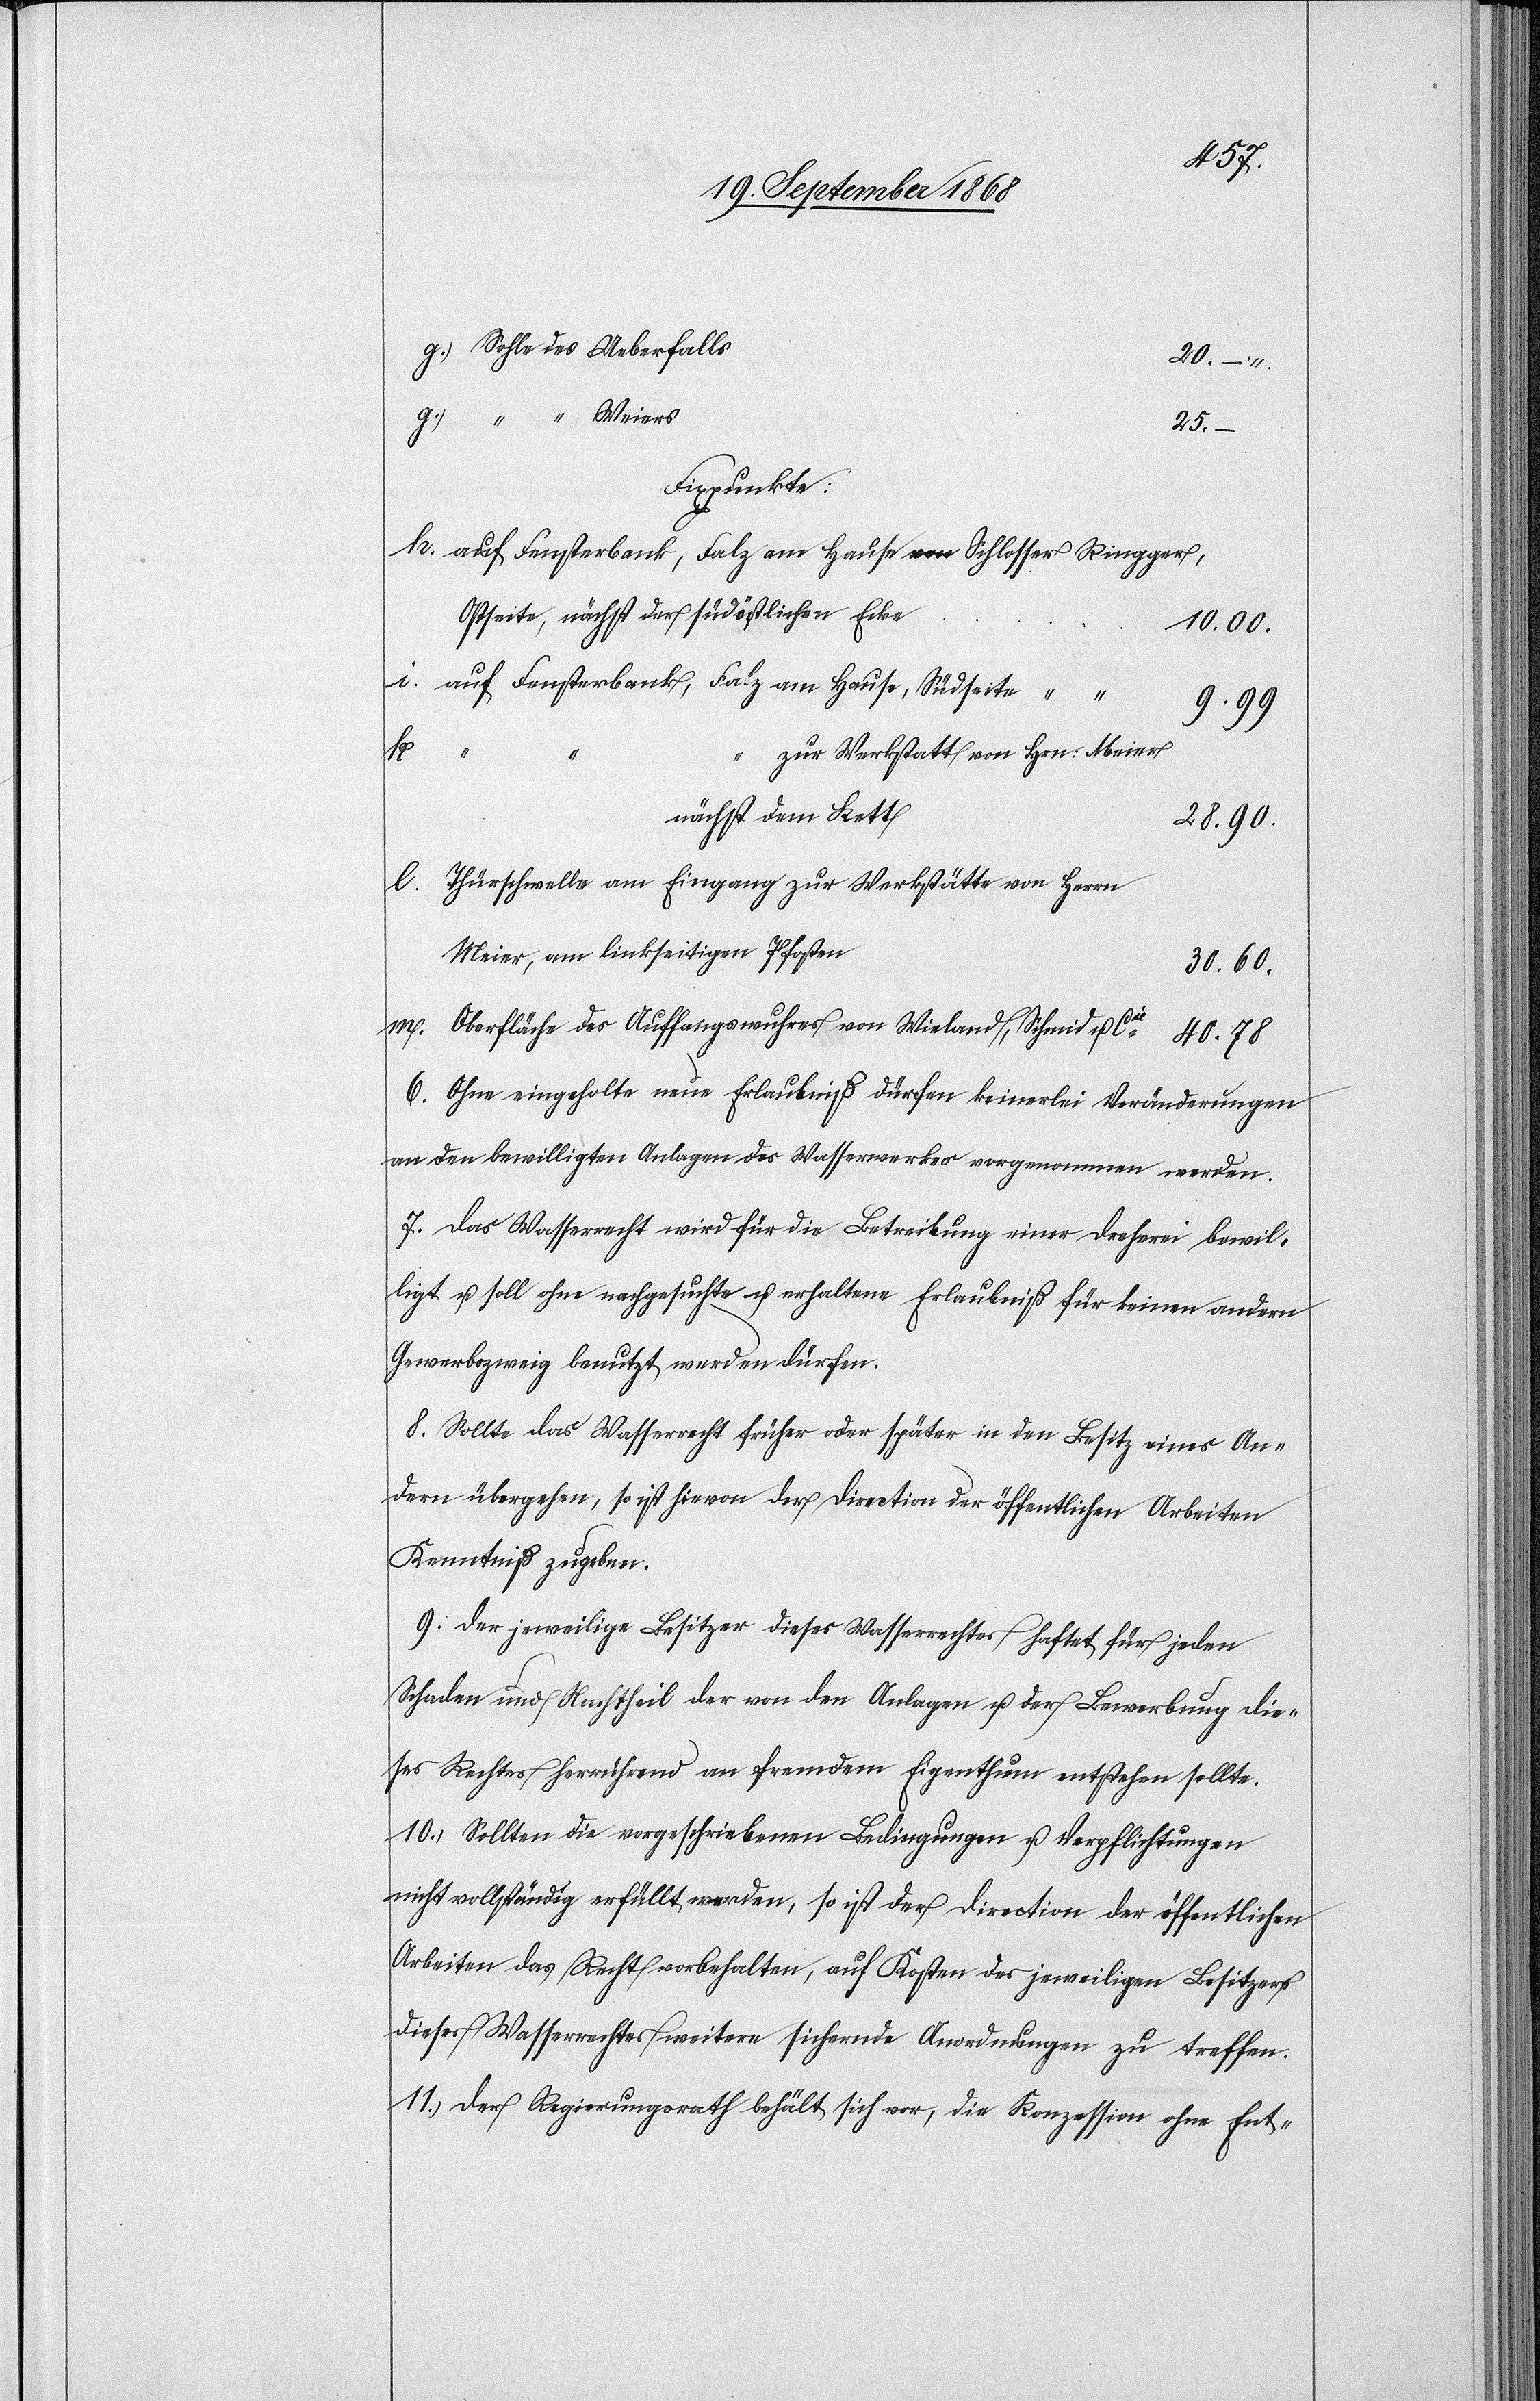
Sohle des Ueberfalls
20. –
“ “ Weiers
25.
Fixpunkte:
auf Fensterbank, Falz am Hause von Schlosser Ringger,
Ostseite, nächst der südöstlichen Ecke
10.00.
auf Fensterbank, Falz am Hause, Südseite
9.99
k.
zur Werkstatt von Hrn: Meier
nächst dem Kett
28.90.
Thürschwelle am Eingang zur Werkstätte von Herrn
Meier, am linkseitigen Pfosten
30.60.
Oberfläche des Auffangswuhres von Wieland, Schmid u. Cie
40.78
6. Ohne eingeholte neue Erlaubniß dürfen keinerlei Veränderungen
an den bewilligten Anlagen des Wasserwerkes vorgenommen werden.
7. Das Wasserrecht wird für die Betreibung einer Dreherei bewil¬
ligt u. soll ohne nachgesuchte u. erhaltene Erlaubniß für keinen andern
Gewerbszweig benutzt werden dürfen.
8. Sollte das Wasserrecht früher oder später in den Besitz eines An¬
dern übergehen, so ist hievon der Direction der öffentlichen Arbeiten
Kenntniß zu geben.
9. Der jeweilige Besitzer dieses Wasserrechtes haftet für jeden
Schaden und Nachtheil der von den Anlagen u. der Bewerbung die¬
ses Rechtes herrührend an fremdem Eigenthum entstehen sollte.
10. Sollten die vorgeschriebenen Bedingungen u. Verpflichtungen
nicht vollständig erfüllt werden, so ist der Direction der öffentlichen
Arbeiten das Recht vorbehalten, auf Kosten des jeweiligen Besitzers
dieses Wasserrechtes weitere sichernde Anordnungen zu treffen.
11. Der Regierungsrath behält sich vor, die Konzession ohne Ent-